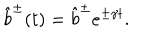
\hat { b } ^ { \pm } ( t ) = \hat { b } ^ { \pm } e ^ { \pm \gamma t } .